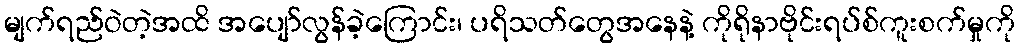
မျက်ရည်ဝဲတဲ့အထိ အပျော်လွန်ခဲ့ကြောင်း၊ ပရိသတ်တွေအနေနဲ့ ကိုရိုနာဗိုင်းရပ်စ်ကူးစက်မှုကို